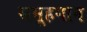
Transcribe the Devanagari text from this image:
समूहगान